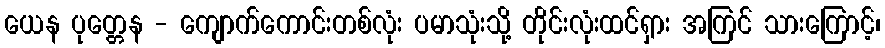
ယေန ပုတ္တေန - ကျောက်ကောင်းတစ်လုံး ပမာသုံးသို့ တိုင်းလုံးထင်ရှား အကြင် သားကြောင့်၊